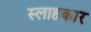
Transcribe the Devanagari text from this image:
स्लाहकार